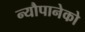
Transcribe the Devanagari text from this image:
न्यौपानेको